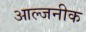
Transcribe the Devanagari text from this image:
आल्जनीक